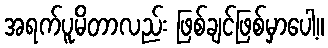
အရက်ပူမိတာလည်း ဖြစ်ချင်ဖြစ်မှာပေါ့။